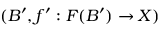
( B ^ { \prime } , f ^ { \prime } : F ( B ^ { \prime } ) \to X )